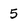
Character: 5